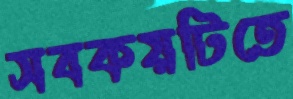
সবকয়টিতে